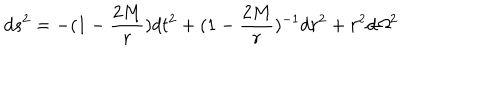
LaTeX: d s ^ { 2 } = - ( 1 - { \frac { 2 M } { r } } ) d t ^ { 2 } + ( 1 - { \frac { 2 M } { r } } ) ^ { - 1 } d r ^ { 2 } + r ^ { 2 } d \Omega ^ { 2 }